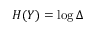
H ( Y ) = \log \Delta